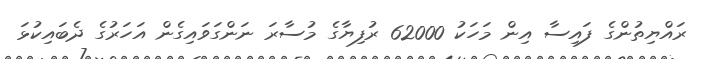
ރައްޔިތުންގެ ފައިސާ އިން މަހަކު 62000 ރުފިޔާގެ މުސާރަ ނަންގަވައިގެން އަހަރުގެ ދެބައިކުޅަ